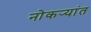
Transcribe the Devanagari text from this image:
नोकर्‍यांत